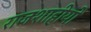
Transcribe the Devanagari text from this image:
राजशाहीयों